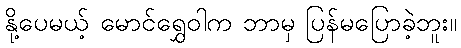
နို့ပေမယ့် မောင်ရွှေဝါက ဘာမှ ပြန်မပြောခဲ့ဘူး။